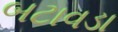
બટાવડા